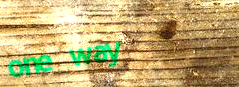
one way